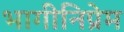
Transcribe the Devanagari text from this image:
भागीनिप्रेम